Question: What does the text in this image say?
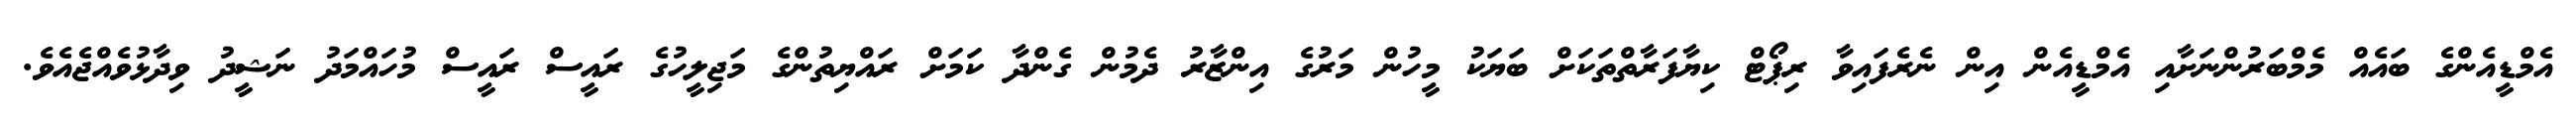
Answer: އެމްޑީއެންގެ ބައެއް މެމްބަރުންނަށާއި އެމްޑީއެން އިން ނެރެފައިވާ ރިޕޯޓް ކިޔާފަރާތްތަކަށް ބަޔަކު މީހުން މަރުގެ އިންޒާރު ދެމުން ގެންދާ ކަމަށް ރައްޔިތުންގެ މަޖިލީހުގެ ރައީސް ރައީސް މުހައްމަދު ނަޝީދު ވިދާޅުވެއްޖެއެވެ.